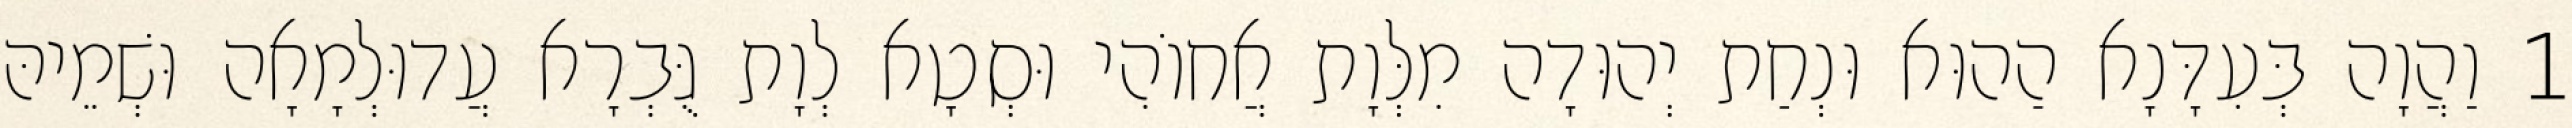
1 וַהֲוָה בְּעִדָּנָא הַהוּא וּנְחַת יְהוּדָה מִלְּוָת אֲחוֹהִי וּסְטָא לְוָת גֻּבְרָא עֲדוּלְמָאָה וּשְׁמֵיהּ